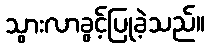
သွားလာခွင့်ပြုခဲ့သည်။